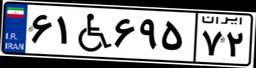
۶۱W۶۹۵۷۲